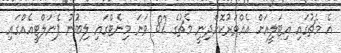
އެ މެޗުގައި އިޓަލީއަށް އެއްވަރުކޮށްދިނީ މެޗުގެ 82 ވަނަ މިނެޓްގައި ލިބުނު ޕެނަލްޓީއެއްގައި